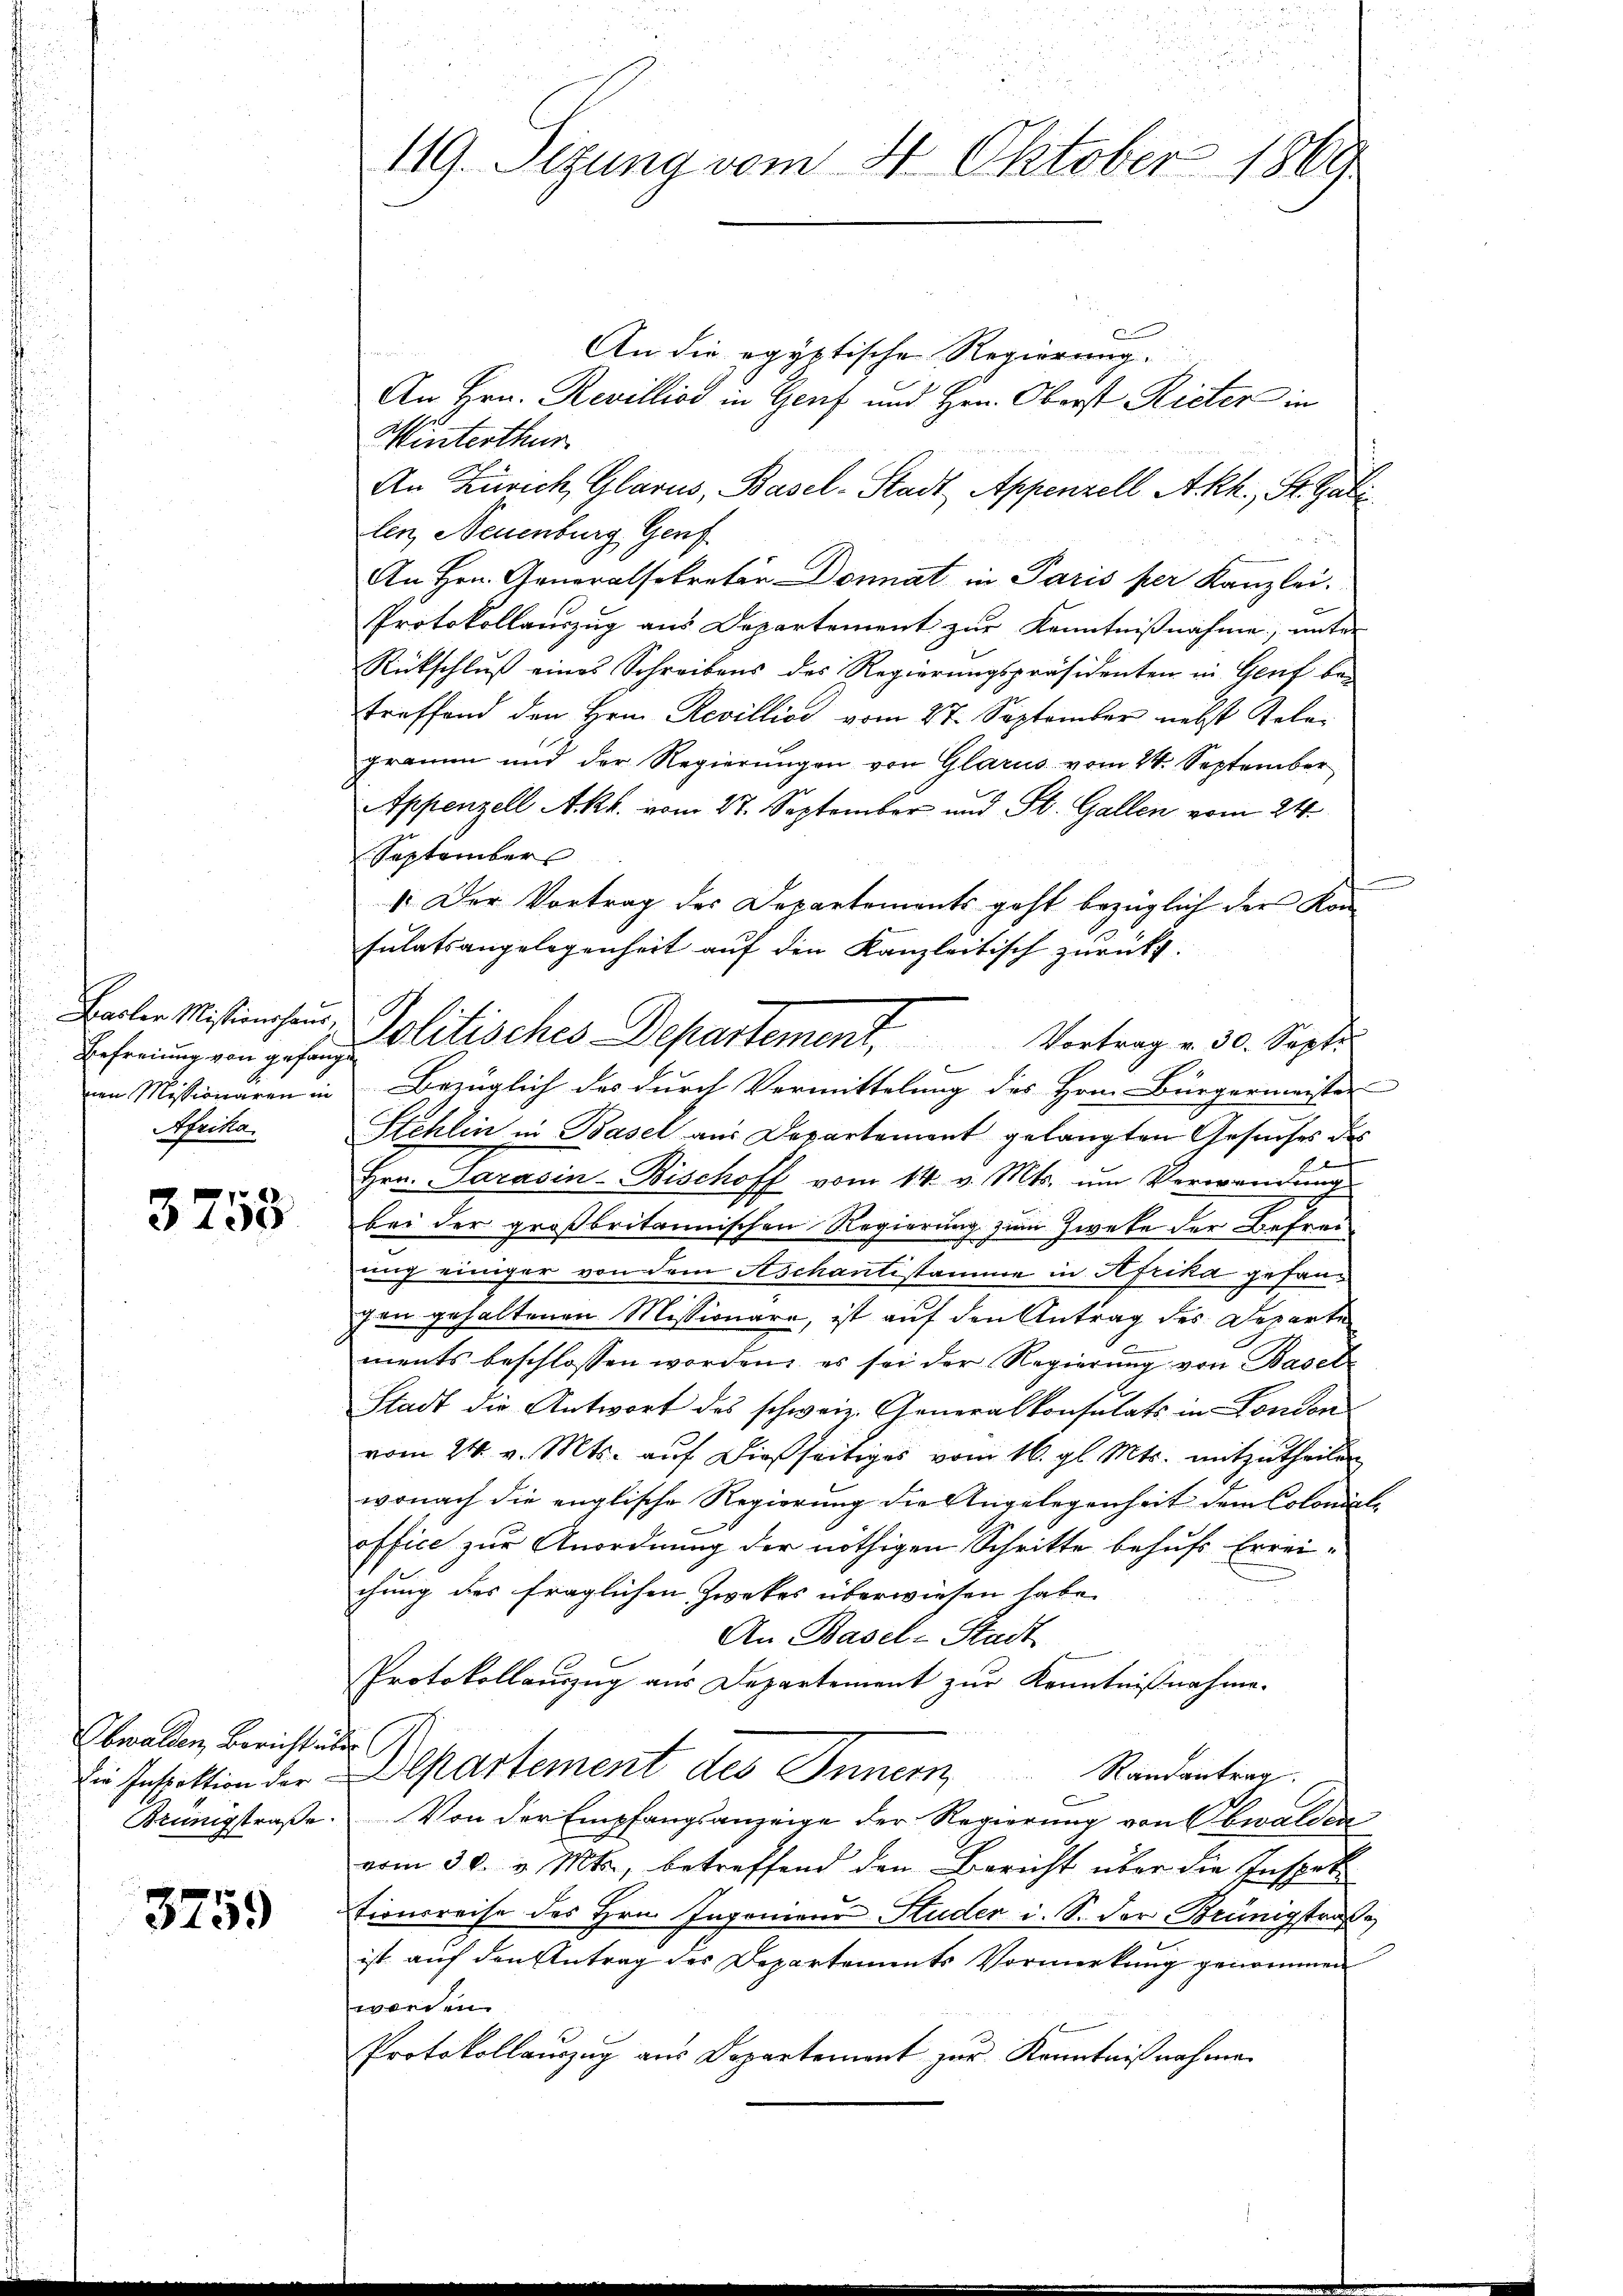
Basler Missionshaus,
Befreiung von gefang
nen Missionären in
Heika
.

3758

Obwalden, Bericht übe
Die Inspektion der
Brünigstraße.

3759

119. Sizung vom 4. Oktober 1869

1
An die egyptische Regierung.
An Hrn. Revillios in Genf und Hrn. Oberst Rieter in
Winterthur
An Zürich, Glarus, Basel-Stadt, Appenzell A.Rh., St. Gali
len, Neuenburg Genf
An Hrn. Generalsekretär Donat in Paris per Kanzlei.
Protokollauszug aus Departement zur Kenntnißnahme, unter
Rückschluß eines Schreibens des Regierungspräsidenten in Genf betreffend den Hern. Revillios vom 27. September nebst Kelegramm und der Regierungen von Glarus vom 24. September
Appenzell Akt. vom 27. September und St. Gallen vom 24.
September
.
1. Der Vortrag des Departements geht bezüglich der Konsutatsangelegenheit auf den Kanzleitisch zurückt.
Vortrag v. 30. Sept.
g
Bezüglich des durch Vermittelung des Hrn. Bürgermeister
Stehlin in Basel aus Departement gelangten Gesuches des
Hrn. Paradin Bischoff vom 14. v. Mts. um Verwandung
2
bei der großbritannischen Regierung zum Zweke der Befreiung einiger von dem Aschantistamme in Afrika gesangen gehaltenen Missionare, ist auf den Antrag des Departe
ments beschlossen worden, es sei der Regierŭng von Basel
Stadt die Antwort des schweiz. Generalkonsulats in London
vom 24. v. Mts. aŭf dießseitiges vom 16. gl. Mts. mitzutheilen
wonach die englische Regierung die Angelegenheit dem Coloniale
office zur Anordnung der nöthigen Schritte behufs Errei-
chung des fraglichen Zwekes überwiesen habe.
An Basel-Stadt
Protokollauszug aus Departement zur Kenntnißnahme.
e
Departement des Innern Randantern.
Von der Empfangsanzeige der Regierung von Obwalden
vom 30. v. Mts., betreffend den Bericht über die Inspete
tionsreise des Hrn. Ingenieur Studer i. S. der Brüngstraße
ist auf den Antrag des Departements Vormerkung genommen
worden.
Protokollauszug aus Departement zur Kenntnißnahmen

Politisches Departement,